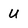
Character: U